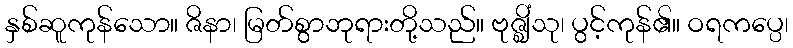
နှစ်ဆူကုန်သော။ ဇိနာ၊ မြတ်စွာဘုရားတို့သည်။ ဗုဇ္ဈိံသု၊ ပွင့်ကုန်၏။ ဝရကပ္ပေ၊